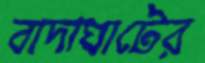
বাদাঘাটের